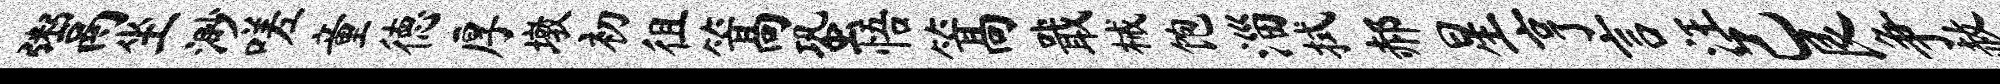
鬻坐渺嗟童德厚墩初徂篙蛩悟篙戢械饱淄拭郝星亨言汪己艮争赦